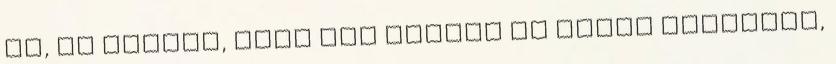
Ja, és persze, hogy mit forral az egyik rosszfiú,